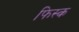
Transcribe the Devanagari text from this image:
फिस्‍क